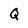
Character: Q